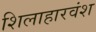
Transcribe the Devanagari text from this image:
शिलाहारवंश